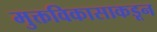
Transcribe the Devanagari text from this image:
मुक्तविकासाकडून